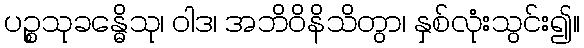
ပဉ္စသုခန္ဓေိသု၊ ဝါဒ၊ အဘိဝိနိသိတွာ၊ နှစ်လုံးသွင်း၍။